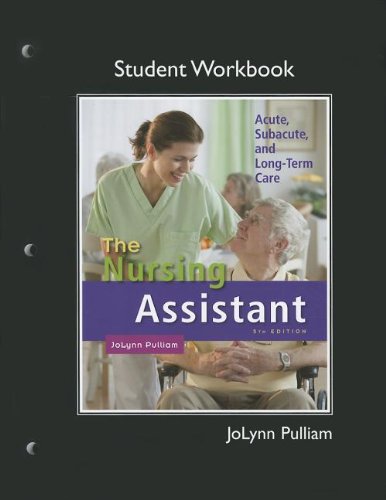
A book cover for The Workbook (Student Activity Guide) for Nursing Assistant: Acute, Subacute, and Long-Term Care; JoLynn Pulliam; Medical Books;